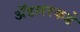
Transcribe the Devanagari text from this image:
ॲडलरकडे